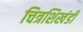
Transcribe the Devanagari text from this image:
चित्रशिखंडी